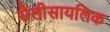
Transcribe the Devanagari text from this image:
सैलीसायलिक